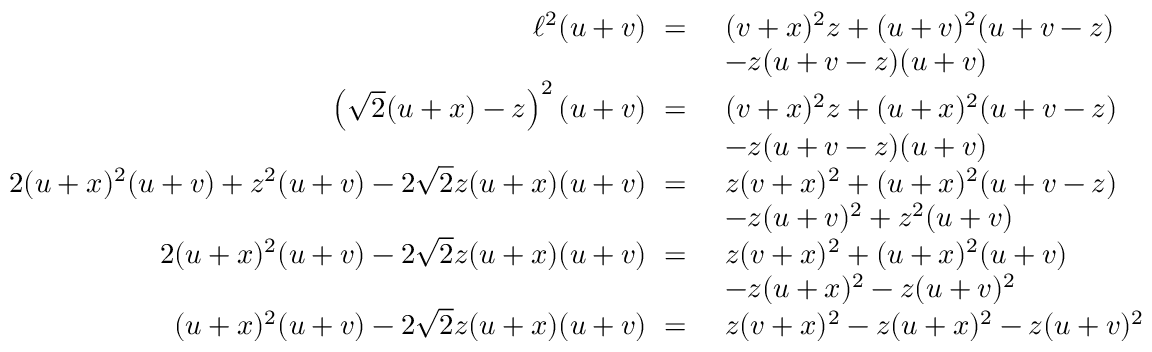
\begin{array} { r l } { \ell ^ { 2 } ( u + v ) ~ = ~ } & { ( v + x ) ^ { 2 } z + ( u + v ) ^ { 2 } ( u + v - z ) } \\ & { - z ( u + v - z ) ( u + v ) } \\ { \left( \sqrt { 2 } ( u + x ) - z \right) ^ { 2 } ( u + v ) ~ = ~ } & { ( v + x ) ^ { 2 } z + ( u + x ) ^ { 2 } ( u + v - z ) } \\ & { - z ( u + v - z ) ( u + v ) } \\ { 2 ( u + x ) ^ { 2 } ( u + v ) + z ^ { 2 } ( u + v ) - 2 \sqrt { 2 } z ( u + x ) ( u + v ) ~ = ~ } & { z ( v + x ) ^ { 2 } + ( u + x ) ^ { 2 } ( u + v - z ) } \\ & { - z ( u + v ) ^ { 2 } + z ^ { 2 } ( u + v ) } \\ { 2 ( u + x ) ^ { 2 } ( u + v ) - 2 \sqrt { 2 } z ( u + x ) ( u + v ) ~ = ~ } & { z ( v + x ) ^ { 2 } + ( u + x ) ^ { 2 } ( u + v ) } \\ & { - z ( u + x ) ^ { 2 } - z ( u + v ) ^ { 2 } } \\ { ( u + x ) ^ { 2 } ( u + v ) - 2 \sqrt { 2 } z ( u + x ) ( u + v ) ~ = ~ } & { z ( v + x ) ^ { 2 } - z ( u + x ) ^ { 2 } - z ( u + v ) ^ { 2 } } \end{array}